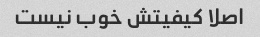
اصلا کیفیتش خوب نیست